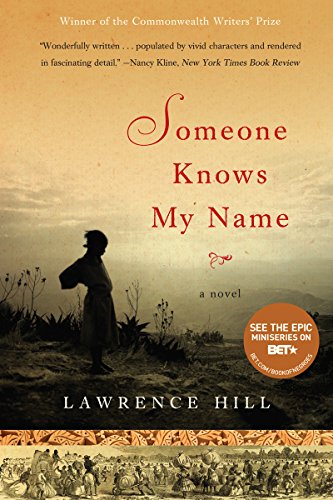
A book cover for Someone Knows My Name: A Novel; Lawrence Hill; Literature & Fiction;